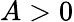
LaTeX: A>0